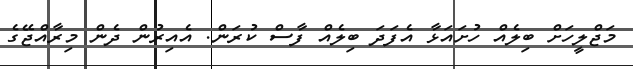
މަޖްލީހަށް ބިލެއް ހުށައަޅާ އެފަދަ ބިލެއް ފާސް ކުރަން. އެއިރުން ދެން މިރާއްޖޭގެ